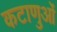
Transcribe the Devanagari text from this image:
कटाणुओं